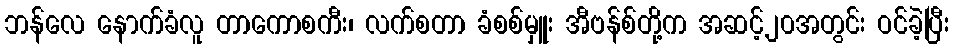
ဘန်လေ နောက်ခံလူ တာကောစကီး၊ လက်စတာ ခံစစ်မှူး အီဗန်စ်တို့က အဆင့်၂၀အတွင်း ဝင်ခဲ့ပြီး